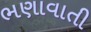
ભણાવાતી